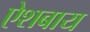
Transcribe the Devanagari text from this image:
ऐशबाय